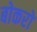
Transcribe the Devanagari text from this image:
बोकरो